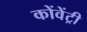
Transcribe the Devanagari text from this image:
कोंवेंट्री